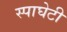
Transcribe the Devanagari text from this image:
स्पाघेटी